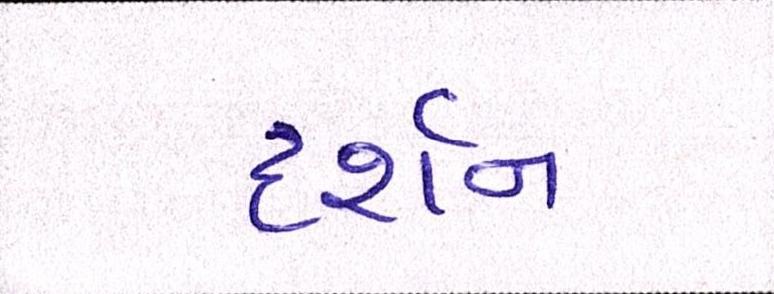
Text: દર્શન